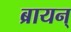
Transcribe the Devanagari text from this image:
ब्रायन्